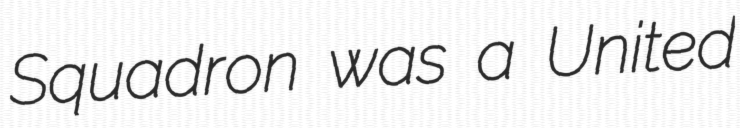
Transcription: Squadron was a United